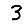
Digit: 3